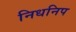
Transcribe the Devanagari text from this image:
निधनिप